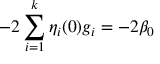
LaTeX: - 2 \sum _ { i = 1 } ^ { k } \eta _ { i } ( 0 ) g _ { i } = - 2 \beta _ { 0 }